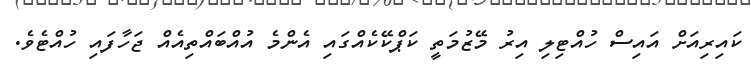
ކައިރިއަށް އައިސް ހުއްޓިލި އިރު މޭޒުމަތީ ކަޕްކޭކެއްގައި އެންމެ އުއްބައްތިއެއް ޖަހާފައި ހުއްޓެވެ.